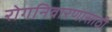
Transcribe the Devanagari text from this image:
रोगनिवारणासाठी